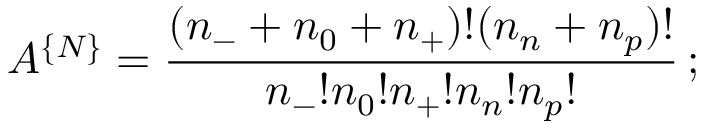
{ \cal A } ^ { \{ { \cal N } \} } = \frac { ( n _ { - } + n _ { 0 } + n _ { + } ) ! ( n _ { n } + n _ { p } ) ! } { n _ { - } ! n _ { 0 } ! n _ { + } ! n _ { n } ! n _ { p } ! } \, ;